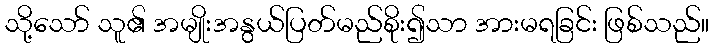
သို့သော် သူ၏ အမျိုးအနွယ်ပြတ်မည်စိုး၍သာ အားမရခြင်း ဖြစ်သည်။